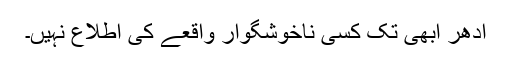
ادھر ابھی تک کسی ناخوشگوار واقعے کی اطلاع نہیں۔